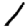
Digit: 1